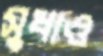
সুধাও